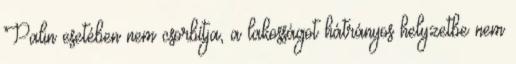
Palin esetében nem csorbítja, a lakosságot hátrányos helyzetbe nem